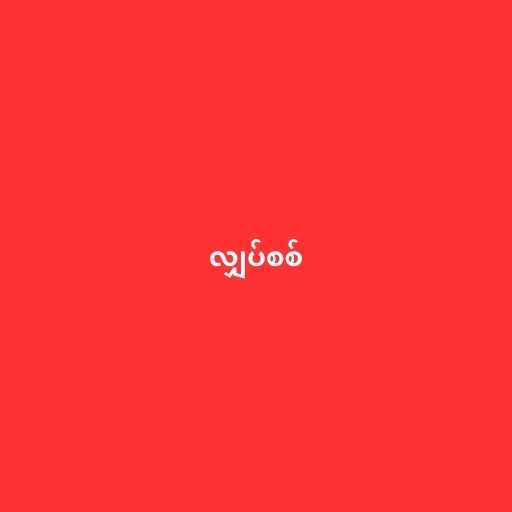
လျှပ်စစ်